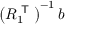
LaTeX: \left( R _ { 1 } ^ { \textsf { T } } \right) ^ { - 1 } b